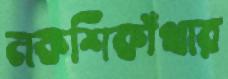
নকশিকাঁথার